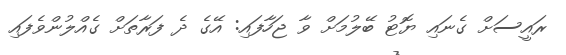
ރައީސަށް ގެނައި ޔޮޓު ބޭލުމަށް ވާ ޖަހާފައި: އޭގެ ދެ ފަރާތަށް ގެއްލުންވެފައި